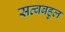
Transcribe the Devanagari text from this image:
सत्वबहुल